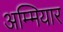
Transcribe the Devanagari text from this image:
अम्मियार